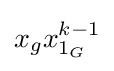
x_{g}x_{1_{G}}^{k-1}